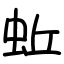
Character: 蚯